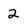
Character: 2